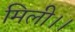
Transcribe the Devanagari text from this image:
मिली।।